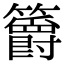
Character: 𥷮